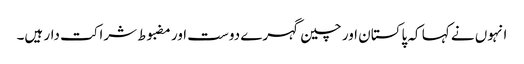
انہوں نے کہا کہ پاکستان اور چین گہرے دوست اور مضبوط شراکت دار ہیں۔